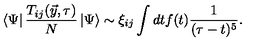
\left< \Psi \right| { \frac { T _ { i j } ( \vec { y } , \tau ) } { N } } \left| \Psi \right> \sim \xi _ { i j } \int { d t f ( t ) { \frac { 1 } { ( \tau - t ) ^ { 5 } } } } .